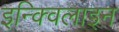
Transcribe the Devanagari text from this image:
इन्क्विलाइन